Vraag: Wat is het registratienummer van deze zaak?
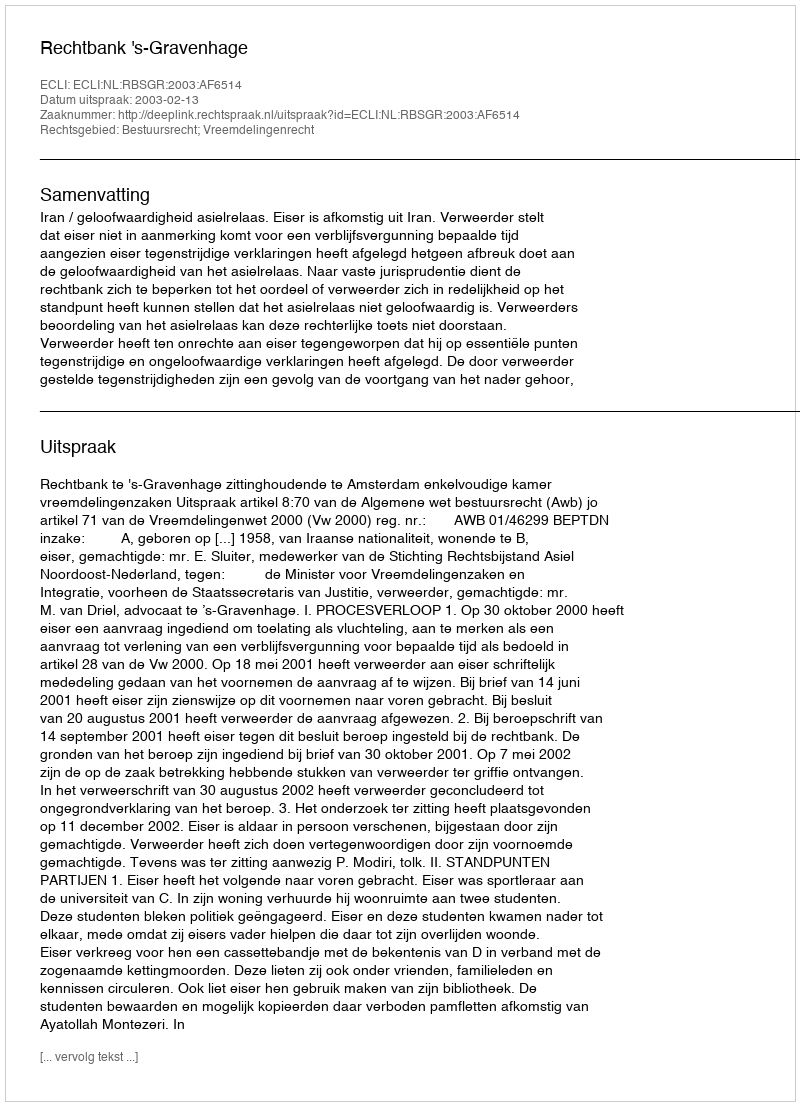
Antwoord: http://deeplink.rechtspraak.nl/uitspraak?id=ECLI:NL:RBSGR:2003:AF6514